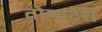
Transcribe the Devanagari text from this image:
तोमादेरी